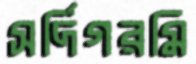
সর্দিগরমি